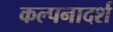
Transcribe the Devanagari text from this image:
कल्पनादर्श